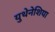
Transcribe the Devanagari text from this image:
युथेनेशिया